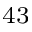
^ { 4 3 }